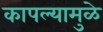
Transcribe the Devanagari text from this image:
कापल्यामुळे